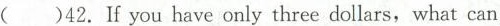
( )42. If you have only three dollars, what can